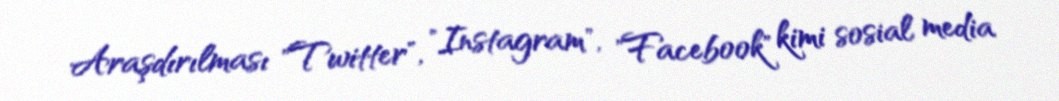
Araşdırılması "Twitter", "Instagram", "Facebook" kimi sosial media